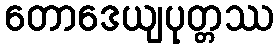
တောဒေယျပုတ္တဿ